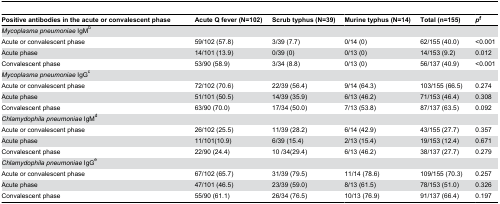
| Positive antibodies in the acute or convalescent phase | Acute Q fever (N=102) | Scrub typhus (N=39) | Murine typhus (N=14) | Total (n=155) | pf |
 | --- | --- | --- | --- | --- | --- |
 | Mycoplasma pneumoniae IgMb |  |  |  |  |  |
 | Acute or convalescent phase | 59/102 (57.8) | 3/39 (7.7) | 0/14 (0) | 62/155 (40.0) | <0.001 |
 | Acute phase | 14/101 (13.9) | 0/39 (0) | 0/13 (0) | 14/153 (9.2) | 0.012 |
 | Convalescent phase | 53/90 (58.9) | 3/34 (8.8) | 0/13 (0) | 56/137 (40.9) | <0.001 |
 | Mycoplasma pneumoniae IgGc |  |  |  |  |  |
 | Acute or convalescent phase | 72/102 (70.6) | 22/39 (56.4) | 9/14 (64.3) | 103/155 (66.5) | 0.274 |
 | Acute phase | 51/101 (50.5) | 14/39 (35.9) | 6/13 (46.2) | 71/153 (46.4) | 0.308 |
 | Convalescent phase | 63/90 (70.0) | 17/34 (50.0) | 7/13 (53.8) | 87/137 (63.5) | 0.092 |
 | Chlamydophila pneumoniae IgMd |  |  |  |  |  |
 | Acute or convalescent phase | 26/102 (25.5) | 11/39 (28.2) | 6/14 (42.9) | 43/155 (27.7) | 0.357 |
 | Acute phase | 11/101(10.9) | 6/39 (15.4) | 2/13 (15.4) | 19/153 (12.4) | 0.671 |
 | Convalescent phase | 22/90 (24.4) | 10 /34(29.4) | 6/13 (46.2) | 38/137 (27.7) | 0.279 |
 | Chlamydophila pneumoniae IgGe |  |  |  |  |  |
 | Acute or convalescent phase | 67/102 (65.7) | 31/39 (79.5) | 11/14 (78.6) | 109/155 (70.3) | 0.257 |
 | Acute phase | 47/101 (46.5) | 23/39 (59.0) | 8/13 (61.5) | 78/153 (51.0) | 0.326 |
 | Convalescent phase | 55/90 (61.1) | 26/34 (76.5) | 10/13 (76.9) | 91/137 (66.4) | 0.197 |